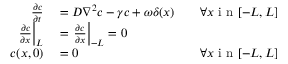
\begin{array} { r l r } { \frac { \partial c } { \partial t } } & { { } = D \nabla ^ { 2 } c - \gamma c + \omega \delta ( x ) } & { \quad \forall x \mathrm { ~ i ~ n ~ } [ - L , L ] } \\ { \left. \frac { \partial c } { \partial x } \right| _ { L } } & { { } = \left. \frac { \partial c } { \partial x } \right| _ { - L } = 0 } \\ { c ( x , 0 ) } & { { } = 0 } & { \forall x \mathrm { ~ i ~ n ~ } [ - L , L ] } \end{array}